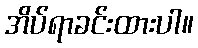
အိပ်ရာခင်းထားပါ။